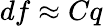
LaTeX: df\approx Cq